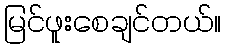
မြင်ဖူးစေချင်တယ်။